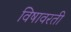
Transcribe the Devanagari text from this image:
विषावरती